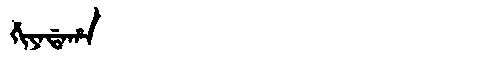
Manchu: ᡥᡳᠶᠠᡩᠠᡥᠠ
Romanization: HIYADAHA